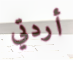
أردتي